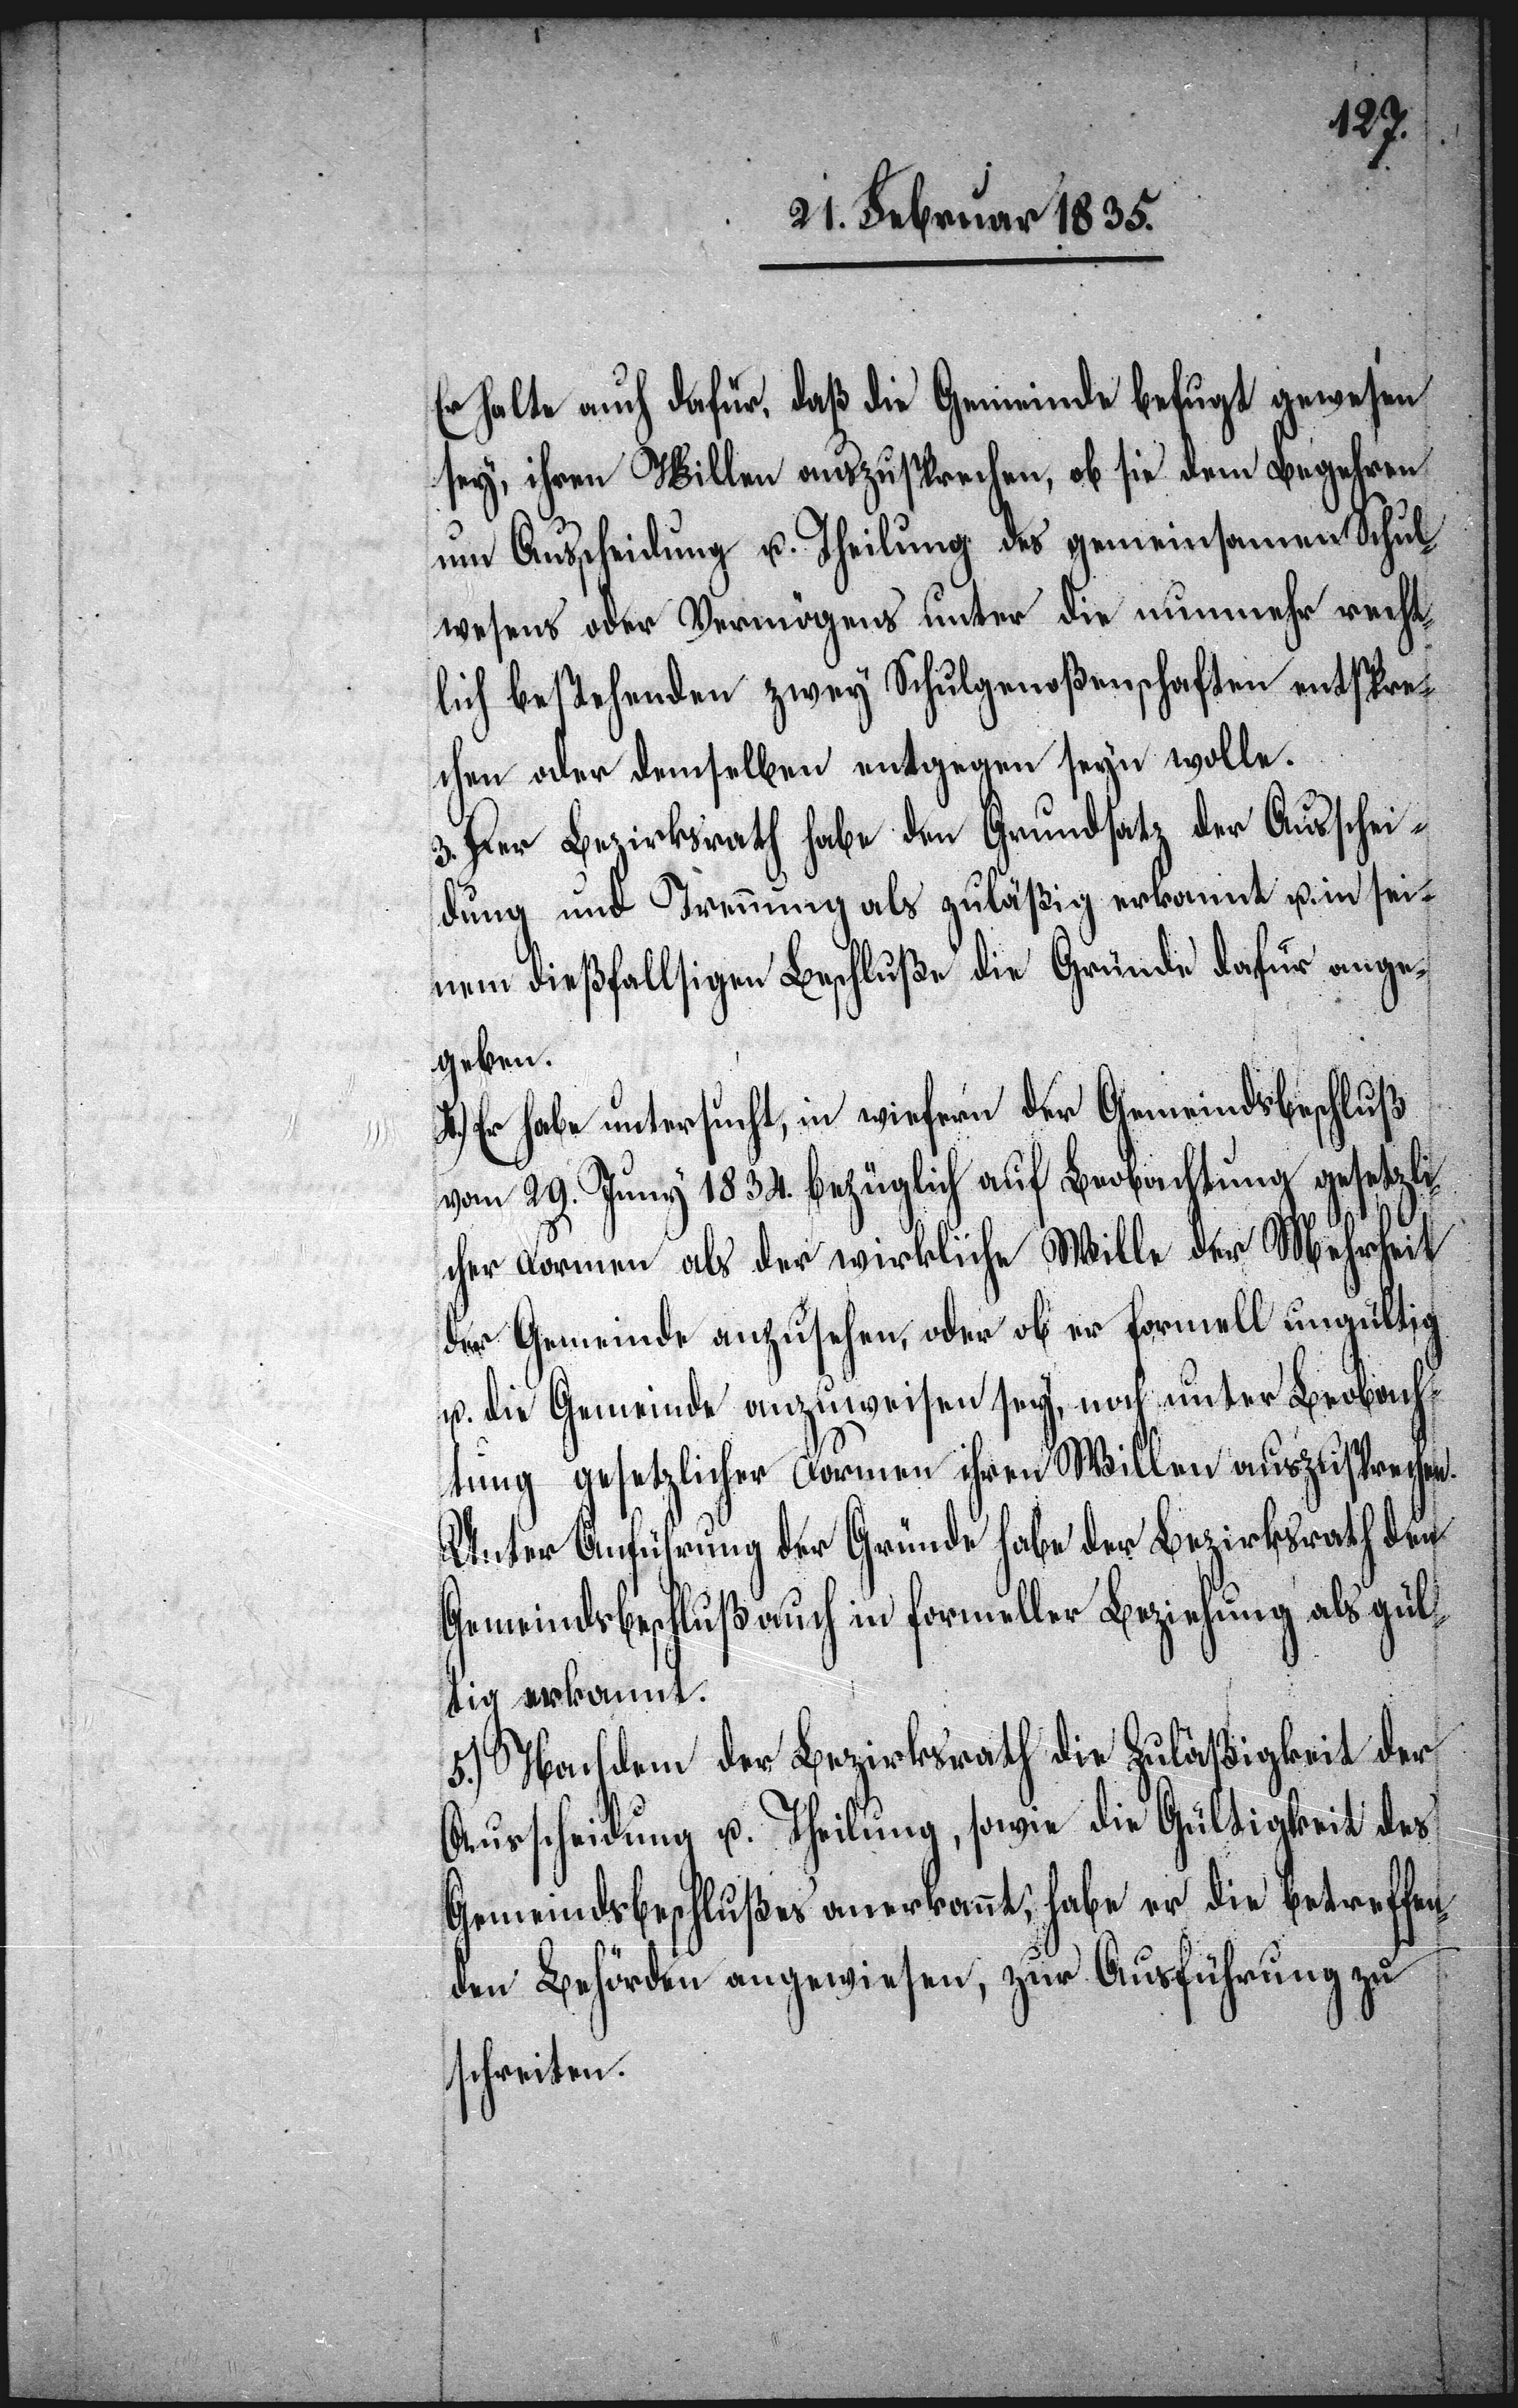
Er halte auch dafür, daß die Gemeinde befugt gewesen
sey, ihren Willen auszusprechen, ob sie dem Begehren
um Ausscheidung u. Theilung des gemeinsamen Schul¬
wesens oder Vermögens unter die nunmehr recht¬
lich bestehenden zwey Schulgenoßenschaften entspre¬
chen oder demselben entgegen seyn wolle.
3. Der Bezirksrath habe den Grundsatz der Ausschei¬
dung und Trennung als zuläßig erkannt u. in sei¬
nem dießfallsigen Beschluße die Gründe dafür ange¬
geben.
4.) Er habe untersucht, in wiefern der Gemeindsbeschluß
vom 29. Juny 1834. bezüglich auf Beobachtung gesetzli¬
cher Formen als der wirkliche Wille der Mehrheit
der Gemeinde anzusehen, oder ob er formell ungültig
u. die Gemeinde anzuweisen sey, noch unter Beobach¬
tung gesetzlicher Formen ihren Willen auszusprechen.
Unter Anführung der Gründe habe der Bezirksrath den
Gemeindsbeschluß auch in formeller Beziehung als gül¬
tig erkannt.
5.) Nachdem der Bezirksrath die Zuläßigkeit der
Ausscheidung u. Theilung, sowie die Gültigkeit des
Gemeindbeschlußes anerkannt, habe er die betreffen¬
den Behörden angewiesen, zur Ausführung zu
schreiten.